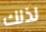
لذلك